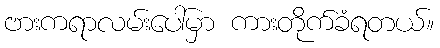
ဗားကရာလမ်းပေါ်မှာ ကားတိုက်ခံရတယ်။